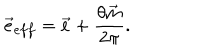
\vec { e } _ { e f f } = \vec { e } + \frac { \theta \vec { m } } { 2 \pi } .